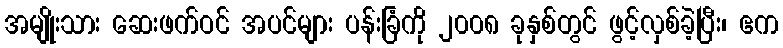
အမျိုးသား ဆေးဖက်ဝင် အပင်များ ပန်းခြံကို ၂၀၀၈ ခုနှစ်တွင် ဖွင့်လှစ်ခဲ့ပြီး၊ ဧက